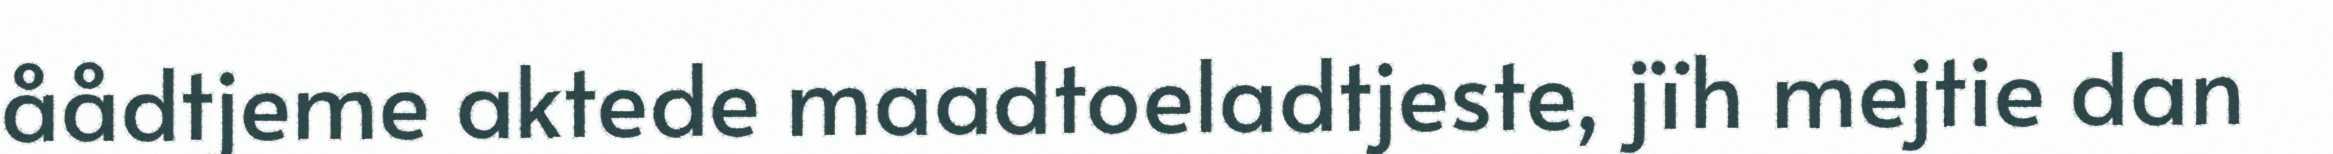
åådtjeme aktede maadtoeladtjeste, jïh mejtie dan